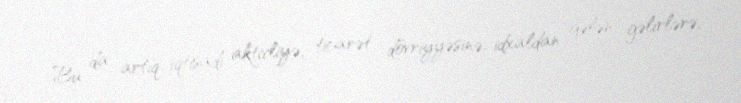
Bu da artıq iqtisadi aktivliyə, ticarət dövriyyəsinə, idxaldan gələn gəlirlərə,